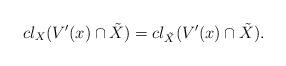
LaTeX: \begin{align*} cl_{X}(V'(x) \cap \tilde{X}) = cl_{\tilde{X}}(V'(x) \cap \tilde{X}).\end{align*}